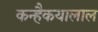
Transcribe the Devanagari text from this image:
कन्हैकयालाल